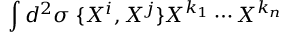
\int d ^ { 2 } \sigma \; \{ X ^ { i } , X ^ { j } \} X ^ { k _ { 1 } } \cdots X ^ { k _ { n } }